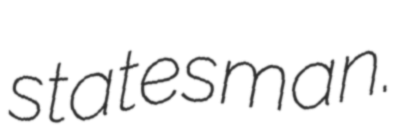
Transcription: statesman.